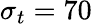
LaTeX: \sigma_{t}=70